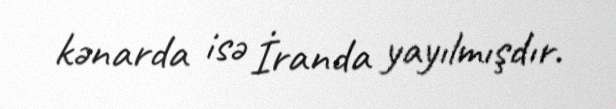
kənarda isə İranda yayılmışdır.